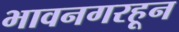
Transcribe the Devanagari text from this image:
भावनगरहून